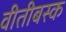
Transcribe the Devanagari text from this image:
वीतीबस्क